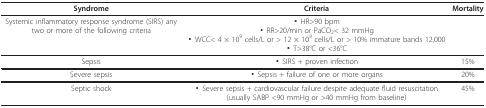
<table><thead><tr><td><b>Syndrome</b></td><td><b>Criteria</b></td><td><b>Mortality</b></td></tr></thead><tbody><tr><td>Systemic inflammatory response syndrome (SIRS) any two or more of the following criteria</td><td>▪ HR&gt;90 bpm▪ RR&gt;20/min or PaCO<sub>2</sub>&lt; 32 mmHg▪ WCC&lt; 4 × 10<sup>9 </sup>cells/L or &gt; 12 × 10<sup>9</sup> cells/L or &gt; 10% immature bands 12,000▪ T&gt;38°C or &lt;36°C</td><td></td></tr><tr><td>Sepsis</td><td>▪ SIRS + proven infection</td><td>15%</td></tr><tr><td>Severe sepsis</td><td>▪ Sepsis + failure of one or more organs</td><td>20%</td></tr><tr><td>Septic shock</td><td>▪ Severe sepsis + cardiovascular failure despite adequate fluid resuscitation (usually SABP &lt;90 mmHg or &gt;40 mmHg from baseline)</td><td>45%</td></tr></tbody></table>